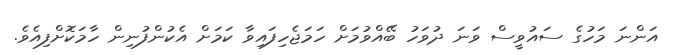
އަންނަ މަހުގެ ސައުވީސް ވަނަ ދުވަހު ބޭއްވުމަށް ހަމަޖެހިފައިވާ ކަމަށް އެކުންފުނިން ހާމަކޮށްފިއެވެ.